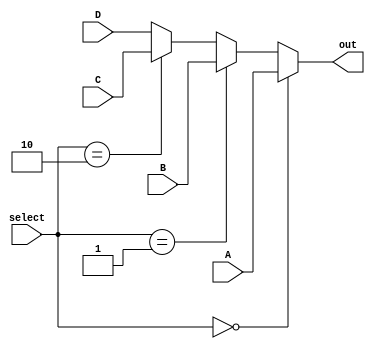
module mux41 #(parameter inSize = 8)
              (input [1:0] select,
               input [inSize-1:0]A,
               input [inSize-1:0] B,
               input [inSize-1:0] C,
               input [inSize-1:0] D,
               output [inSize-1:0] out);
    
    wire [inSize-1:0] sel0;
    wire [inSize-1:0] sel1;
    wire [inSize-1:0] sel2;
    assign sel2 = select == 2?C:D;
    assign sel1 = select == 1?B:sel2;
    assign sel0 = select == 0?A:sel1;
    assign out  = sel0;
    
endmodule